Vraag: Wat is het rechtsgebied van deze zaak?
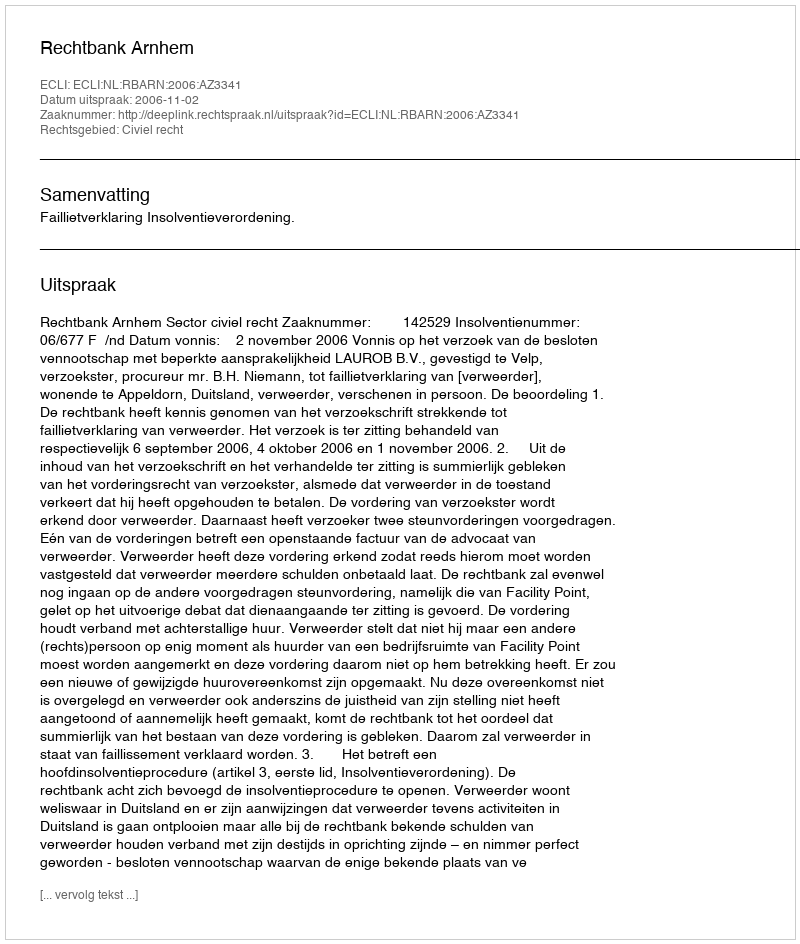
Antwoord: Civiel recht